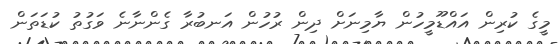
މީގެ ކުރިން އައްޑޫމީހުން ޔާމިނަށް ދިން ރުހުން އަނބުރާ ގެންނާނެ ވަގުތު ކުޑަތަން